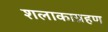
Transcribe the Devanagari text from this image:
शलाकाग्रहण